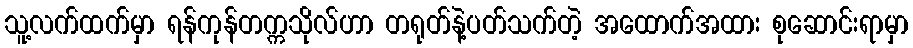
သူ့လက်ထက်မှာ ရန်ကုန်တက္ကသိုလ်ဟာ တရုတ်နဲ့ပတ်သက်တဲ့ အထောက်အထား စုဆောင်းရာမှာ